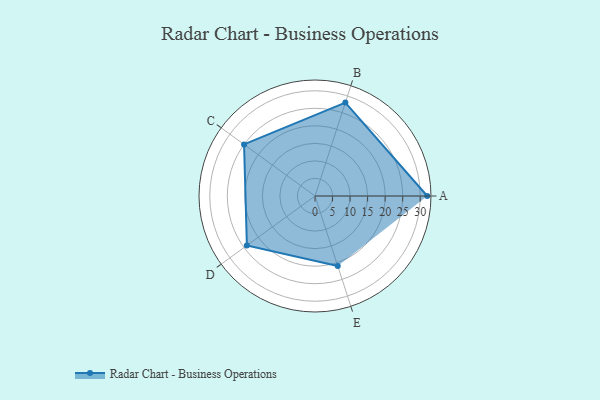
{"axis": {"x": "Skill", "y": "Score"}, "legend": ["Profile"], "data": [{"x": "A", "y": 32.0, "type": "Profile"}, {"x": "B", "y": 28.0, "type": "Profile"}, {"x": "C", "y": 25.0, "type": "Profile"}, {"x": "D", "y": 24.0, "type": "Profile"}, {"x": "E", "y": 21.0, "type": "Profile"}]}